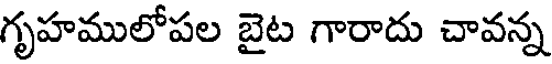
గృహములోపల బైట గారాదు చావన్న